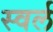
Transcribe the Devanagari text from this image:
स्वर्ल